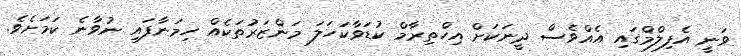
ވަނީ އެފިލްމްގައި އެއްވެސް ދީނަކަށް އިހްތިރާމް ކުޑަވާކަހަލަ މަންޒަރުތަކެއް ހިމަނާފައި ނުވާނެ ކަމަށެވެ.